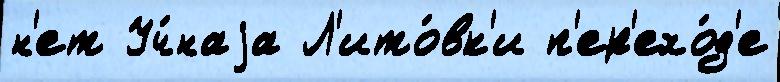
н'ет Уч́наjа Л'ито́вк'и п'ер'ехо́д'е